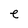
Character: e